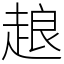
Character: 𧻴